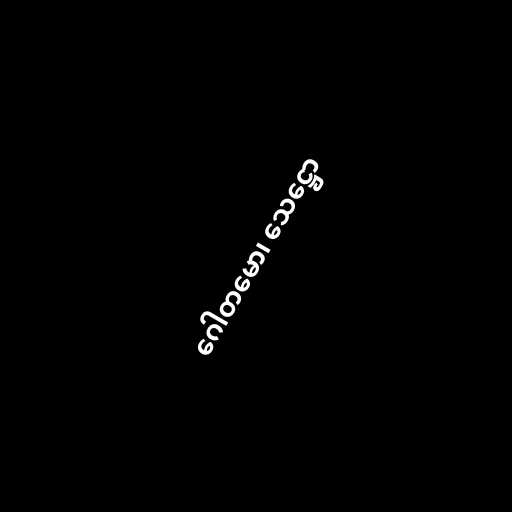
ဂေါတမော၊ သေဋ္ဌော